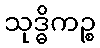
သုဒ္ဓိကဉ္စ